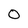
Character: 0